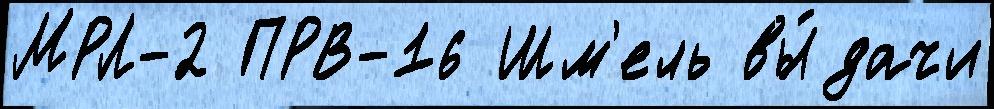
МРЛ-2 ПРВ-16 Шм'ель вы́дачи